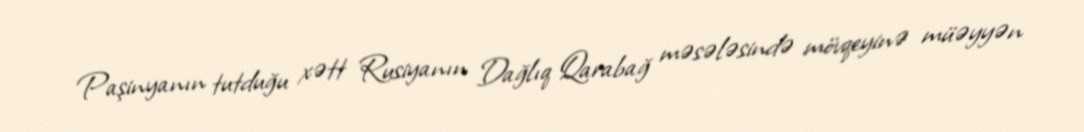
Paşinyanın tutduğu xətt Rusiyanın Dağlıq Qarabağ məsələsində mövqeyinə müəyyən